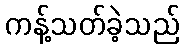
ကန့်သတ်ခဲ့သည်